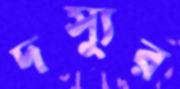
দস্যুর